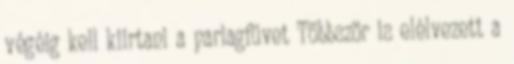
végéig kell kiirtani a parlagfüvet Többször is elélvezett a